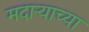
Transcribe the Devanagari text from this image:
मदाऱ्याच्या